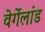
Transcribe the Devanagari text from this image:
वेर्गेलांड